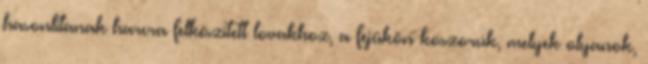
hasonlítanak harcra felkészített lovakhoz, a fejükön koszorúk, melyek olyanok,